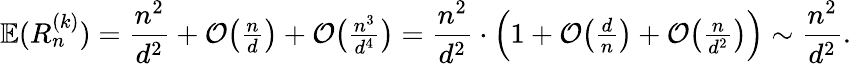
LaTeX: \mathbb{E}(R_{n}^{(k)})=\frac{n^{2}}{d^{2}}+\mathcal{O}\big({\textstyle{\frac{n}{d}}}\big)+\mathcal{O}\big({\textstyle{\frac{n^{3}}{d^{4}}}}\big)=\frac{n^{2}}{d^{2}}\cdot\Big(1+\mathcal{O}\big({\textstyle{\frac{d}{n}}}\big)+\mathcal{O}\big({\textstyle{\frac{n}{d^{2}}}}\big)\Big)\sim\frac{n^{2}}{d^{2}}.